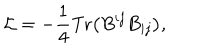
{ \cal L } = - \frac { 1 } { 4 } \mathrm { T r } \bigl ( B ^ { i j } B _ { i j } \bigr ) ,